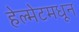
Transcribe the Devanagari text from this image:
हेल्मेटमधून